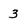
Character: 3